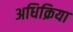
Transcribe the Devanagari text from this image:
अधिक्रिया